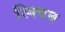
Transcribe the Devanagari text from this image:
स्क्विब